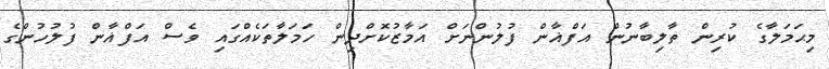
މިޙަމަލާގެ ކުރިން ތާލިބާނުން އަފްޣާން ފުލުންނަށް އަމާޒުކޮށްދިން ހަމަލާތަކެއްގައި ވެސް އަފްޣާން ފުލުހުންގެ